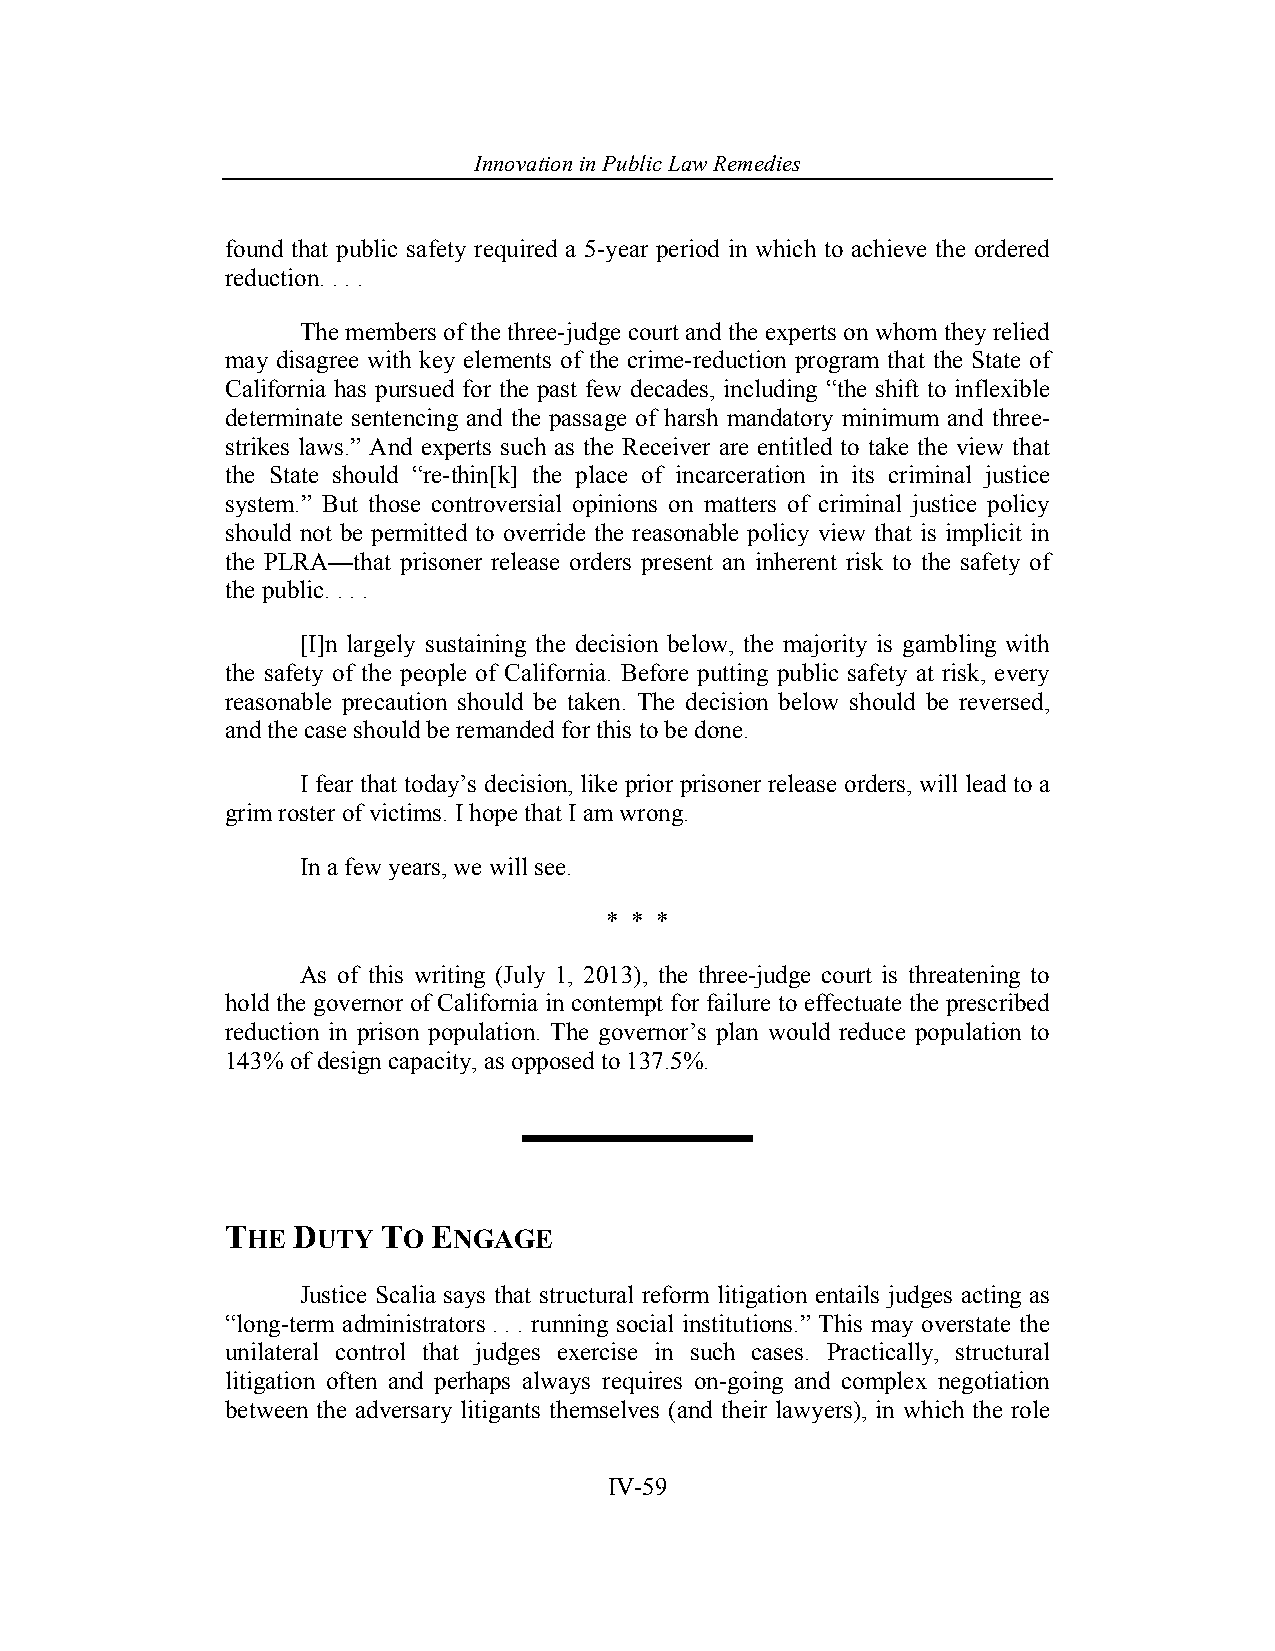
Innovation in Pub lic Law Remedies
 found that public safety required a 5-year period in which to achieve the ordered
 reduction. . . .
 The members of the three-judge court and the experts on whom they relied
 may disagree with key elements of the crime-reduction program that the State of
 California has pursued for the past few decades, including “the shift to inflexible
 determinate sentencing and the passage of harsh mandatory minimum and three-
 strikes laws.” And experts such as the Receiver are entitled to take the view that
 the State should “re-thin[k] the place of incarceration in its criminal justice
 system.” But those controversial opinions on matters of criminal justice policy
 should not be permitted to override the reasonable policy view that is implicit in
 the PLRA—that prisoner release orders present an inherent risk to the safety of
 the public. . . .
 [I]n largely sustaining the decision below, the majority is gambling with
 the safety of the people of California. Before putting public safety at risk, every
 reasonable precaution should be taken. The decision below should be reversed,
 and the case should be remanded for this to be done.
 I fear that today’s decision, like prior prisoner release orders, will lead to a
 grim roster of victims. I hope that I am wrong.
 In a few years, we will see.
 * * *
 As of this writing (July 1, 2013), the three-judge court is threatening to
 hold the governor of California in contempt for failure to effectuate the prescribed
 reduction in prison population. The governor’s plan would reduce population to
 143% of design capacity, as opposed to 137.5%.
 THE DUTY  TO  ENGAGE
 Justice Scalia says that structural reform litigation entails judges acting as
 “long-term administrators . . . running social institutions.” This may overstate the
 unilateral control that judges exercise in such cases. Practically, structural
 litigation often and perhaps always requires on-going and complex negotiation
 between the adversary litigants themselves (and their lawyers), in which the role
 IV-59